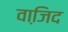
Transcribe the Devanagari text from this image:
वाजि़द